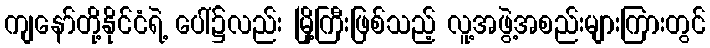
ကျနော်တို့နိုင်ငံရဲ့ ပေါ်၌လည်း မြို့ကြီးဖြစ်သည့် လူ့အဖွဲ့အစည်းများကြားတွင်